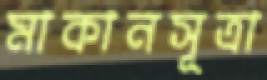
মাকানসূত্রা